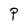
Character: P